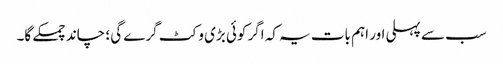
سب سے پہلی اور اہم بات یہ کہ اگر کوئی بڑی وکٹ گرے گی ؛ چاند چمکے گا۔